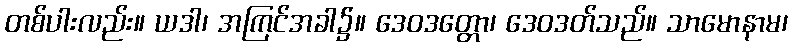
တစ်ပါးလည်း။ ယဒါ၊ အကြင်အခါ၌။ ဒေဝဒတ္တော၊ ဒေဝဒတ်သည်။ သာမောနာမ၊